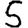
Digit: 5